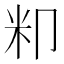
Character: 𮇄